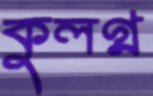
কুলগ্ন